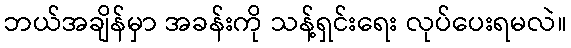
ဘယ်အချိန်မှာ အခန်းကို သန့်ရှင်းရေး လုပ်ပေးရမလဲ။